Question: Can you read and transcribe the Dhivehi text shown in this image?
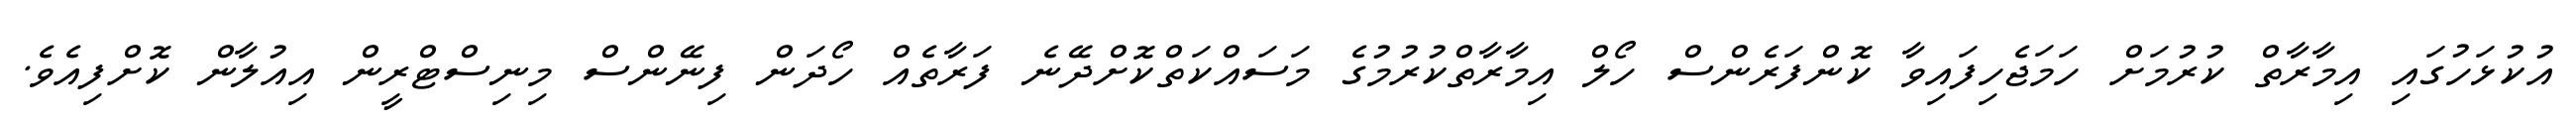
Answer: އުކުޅަހުގައި އިމާރާތް ކުރުމަށް ހަމަޖެހިފައިވާ ކޮންފަރެންސް ހޯލް އިމާރާތްކުރުމުގެ މަސައްކަތްކޮށްދޭނެ ފަރާތެއް ހޯދަން ފިނޭންސް މިނިސްޓްރީން އިއުލާން ކޮށްފިއެވެ.